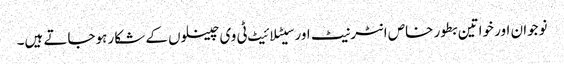
نوجوان اور خواتین بطور خاص انٹرنیٹ اور سیٹلائیٹ ٹی وی چینلوں کے شکار ہوجاتے ہیں۔